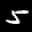
Label: 5